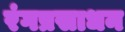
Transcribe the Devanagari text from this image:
रंगप्रसाधन